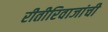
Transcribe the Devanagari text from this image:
रीतीरिवाजांची